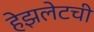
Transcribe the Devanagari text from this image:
हेझलेटची